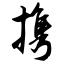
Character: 携